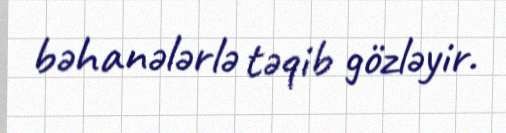
bəhanələrlə təqib gözləyir.